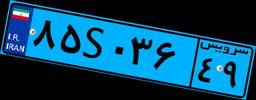
۸۵S۰۳۶۴۹